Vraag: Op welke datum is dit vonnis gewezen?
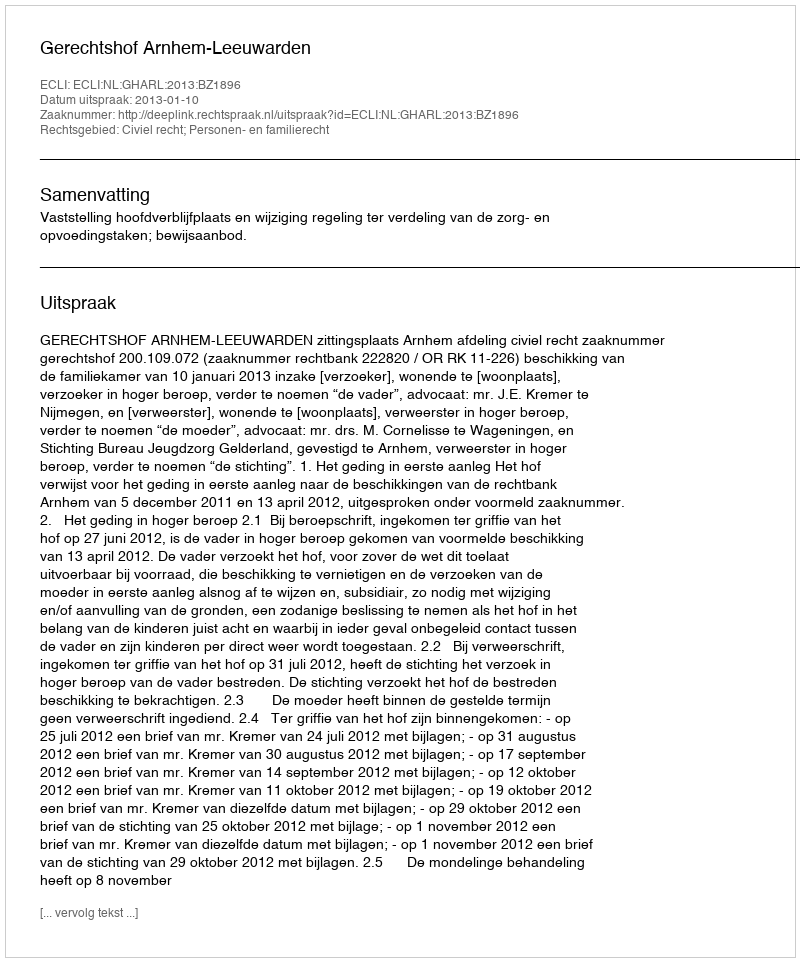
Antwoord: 2013-01-10